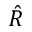
\hat { R }